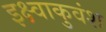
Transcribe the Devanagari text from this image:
इक्ष्वाकुवंश